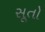
સૂતો